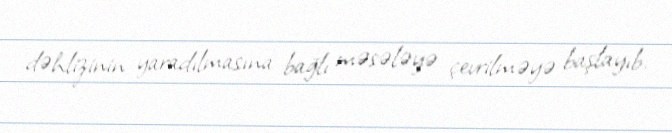
dəhlizinin yaradılmasına bağlı məsələyə çevrilməyə başlayıb.